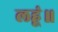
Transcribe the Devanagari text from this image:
लहूं॥